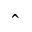
\, \hat { } \,